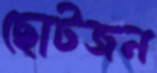
ছোটজন